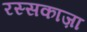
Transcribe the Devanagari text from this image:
रस्सकाज़ा